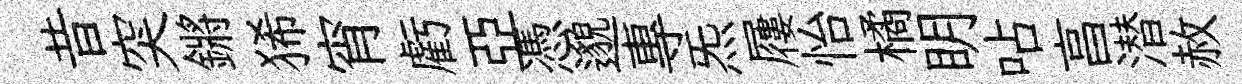
昔突鏘狶宵虧亞憑邈專炁屨怡橘眀呫亯潜赦